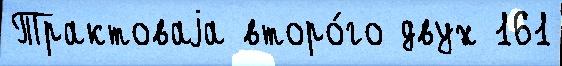
Трактоваjа второ́го двух 161